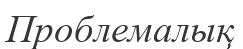
Проблемалық